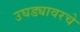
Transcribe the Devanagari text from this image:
उघड्यावरचे